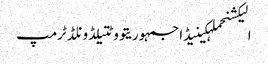
الیکشنحملہکینیڈاجمہوریتووٹتیلڈونلڈ ٹرمپ